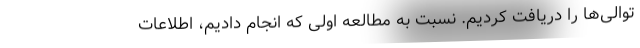
توالی‌ها را دریافت کردیم. نسبت به مطالعه اولی که انجام دادیم، اطلاعات